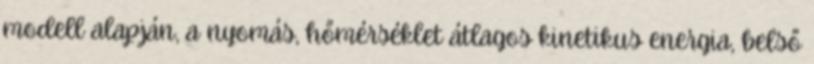
modell alapján, a nyomás, hőmérséklet átlagos kinetikus energia, belső